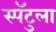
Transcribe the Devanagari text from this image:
स्पॅटुला